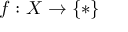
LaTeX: f : X \to \{ * \}